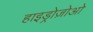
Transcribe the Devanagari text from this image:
हाइड्रोज़ोओ